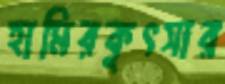
হামিরকুৎসার